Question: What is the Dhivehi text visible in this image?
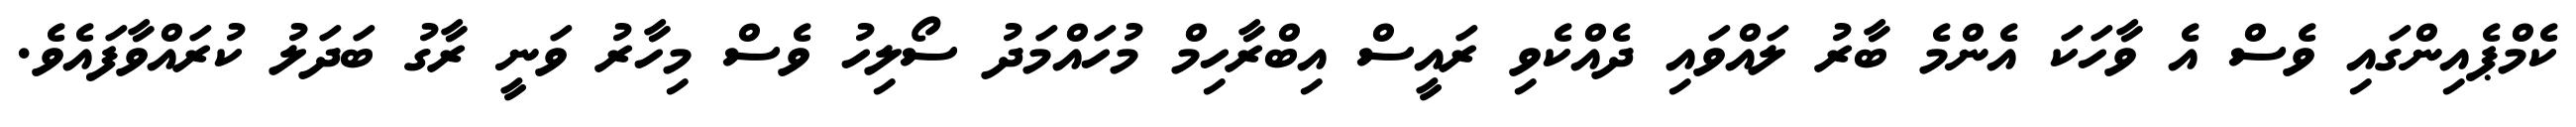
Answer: ކެމްޕެއިންގައި ވެސް އެ ވާހަކަ އެންމެ ބާރު ލައްވައި ދެއްކެވި ރައީސް އިބްރާހިމް މުހައްމަދު ސޯލިހު ވެސް މިހާރު ވަނީ ރާގު ބަދަލު ކުރައްވާފައެވެ.